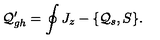
{ \cal Q } _ { g h } ^ { \prime } = \oint J _ { z } - \{ { \cal Q } _ { s } , S \} .